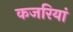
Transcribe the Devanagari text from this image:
कजरियां